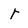
Character: r